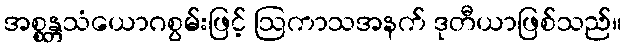
အစ္စန္တသံယောဂစွမ်းဖြင့် ဩကာသအနက် ဒုတီယာဖြစ်သည်။